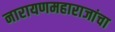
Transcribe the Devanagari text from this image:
नारायणमहाराजांचा